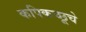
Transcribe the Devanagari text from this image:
कपिकच्छूचे